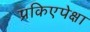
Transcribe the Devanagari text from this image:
प्रकिएपेक्षा